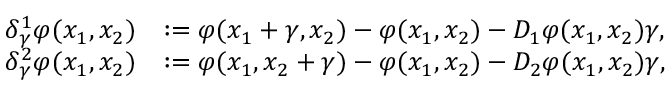
\begin{array} { r l } { \delta _ { \gamma } ^ { 1 } \varphi ( x _ { 1 } , x _ { 2 } ) } & { : = \varphi ( x _ { 1 } + \gamma , x _ { 2 } ) - \varphi ( x _ { 1 } , x _ { 2 } ) - D _ { 1 } \varphi ( x _ { 1 } , x _ { 2 } ) \gamma , } \\ { \delta _ { \gamma } ^ { 2 } \varphi ( x _ { 1 } , x _ { 2 } ) } & { : = \varphi ( x _ { 1 } , x _ { 2 } + \gamma ) - \varphi ( x _ { 1 } , x _ { 2 } ) - D _ { 2 } \varphi ( x _ { 1 } , x _ { 2 } ) \gamma , } \end{array}